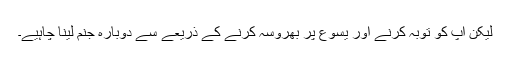
لیکن آپ کو توبہ کرنے اور یسوع پر بھروسہ کرنے کے ذریعے سے دوبارہ جنم لینا چاہیے۔